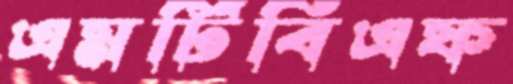
এমটিবিএফ